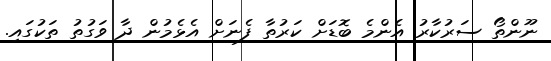
ނޫންތޯ ސަރުކާރު އެންމެ ބޮޑަށް ކަރުތާ ފެނަށް އެޅެމުން ދާ ވަގުތު ތަކުގައި.